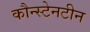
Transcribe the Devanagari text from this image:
कौन्स्टेनटीन